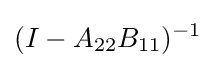
(I-A_{22}B_{11})^{-1}